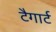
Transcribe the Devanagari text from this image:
टैगार्ट